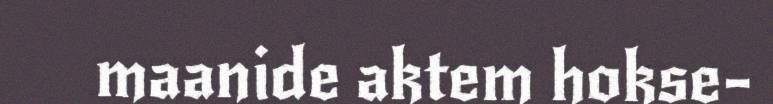
maanide aktem hokse-